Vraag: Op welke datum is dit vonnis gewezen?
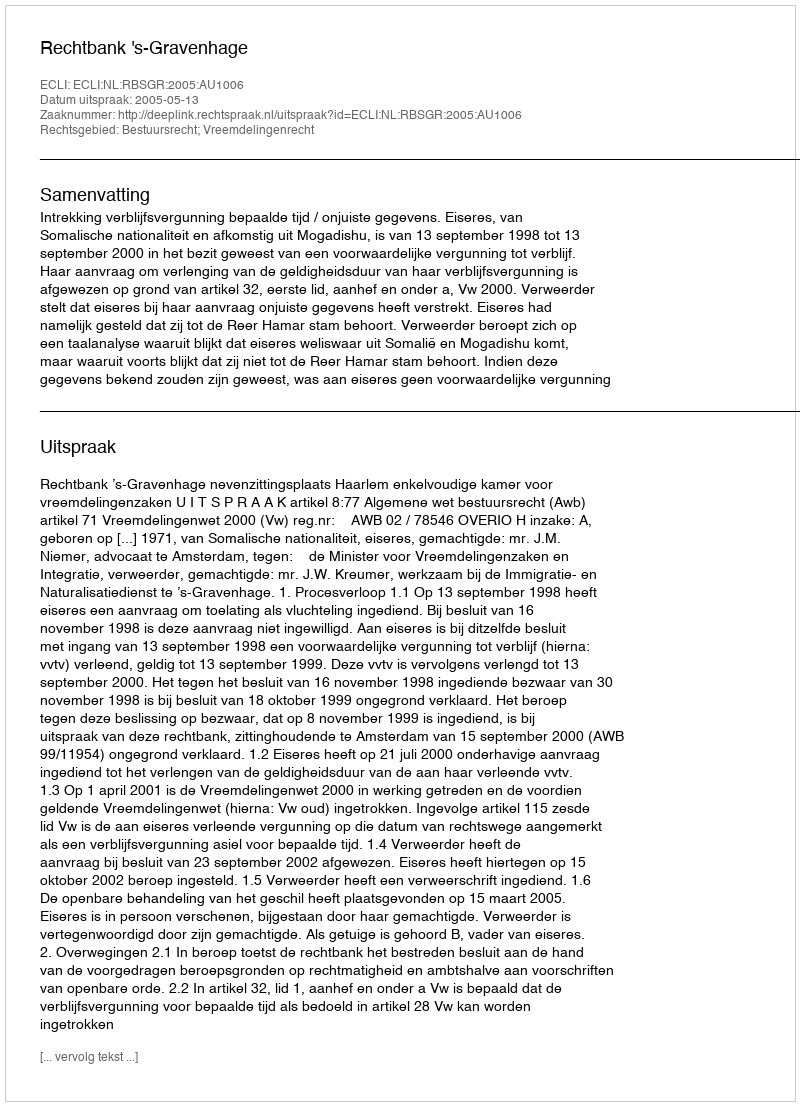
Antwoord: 2005-05-13